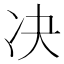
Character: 决